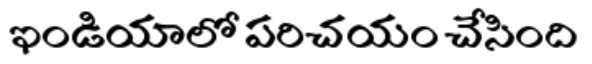
ఇండియాలో పరిచయం చేసింది